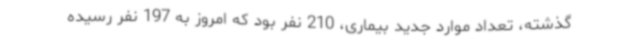
گذشته، تعداد موارد جدید بیماری، 210 نفر بود که امروز به 197 نفر رسیده